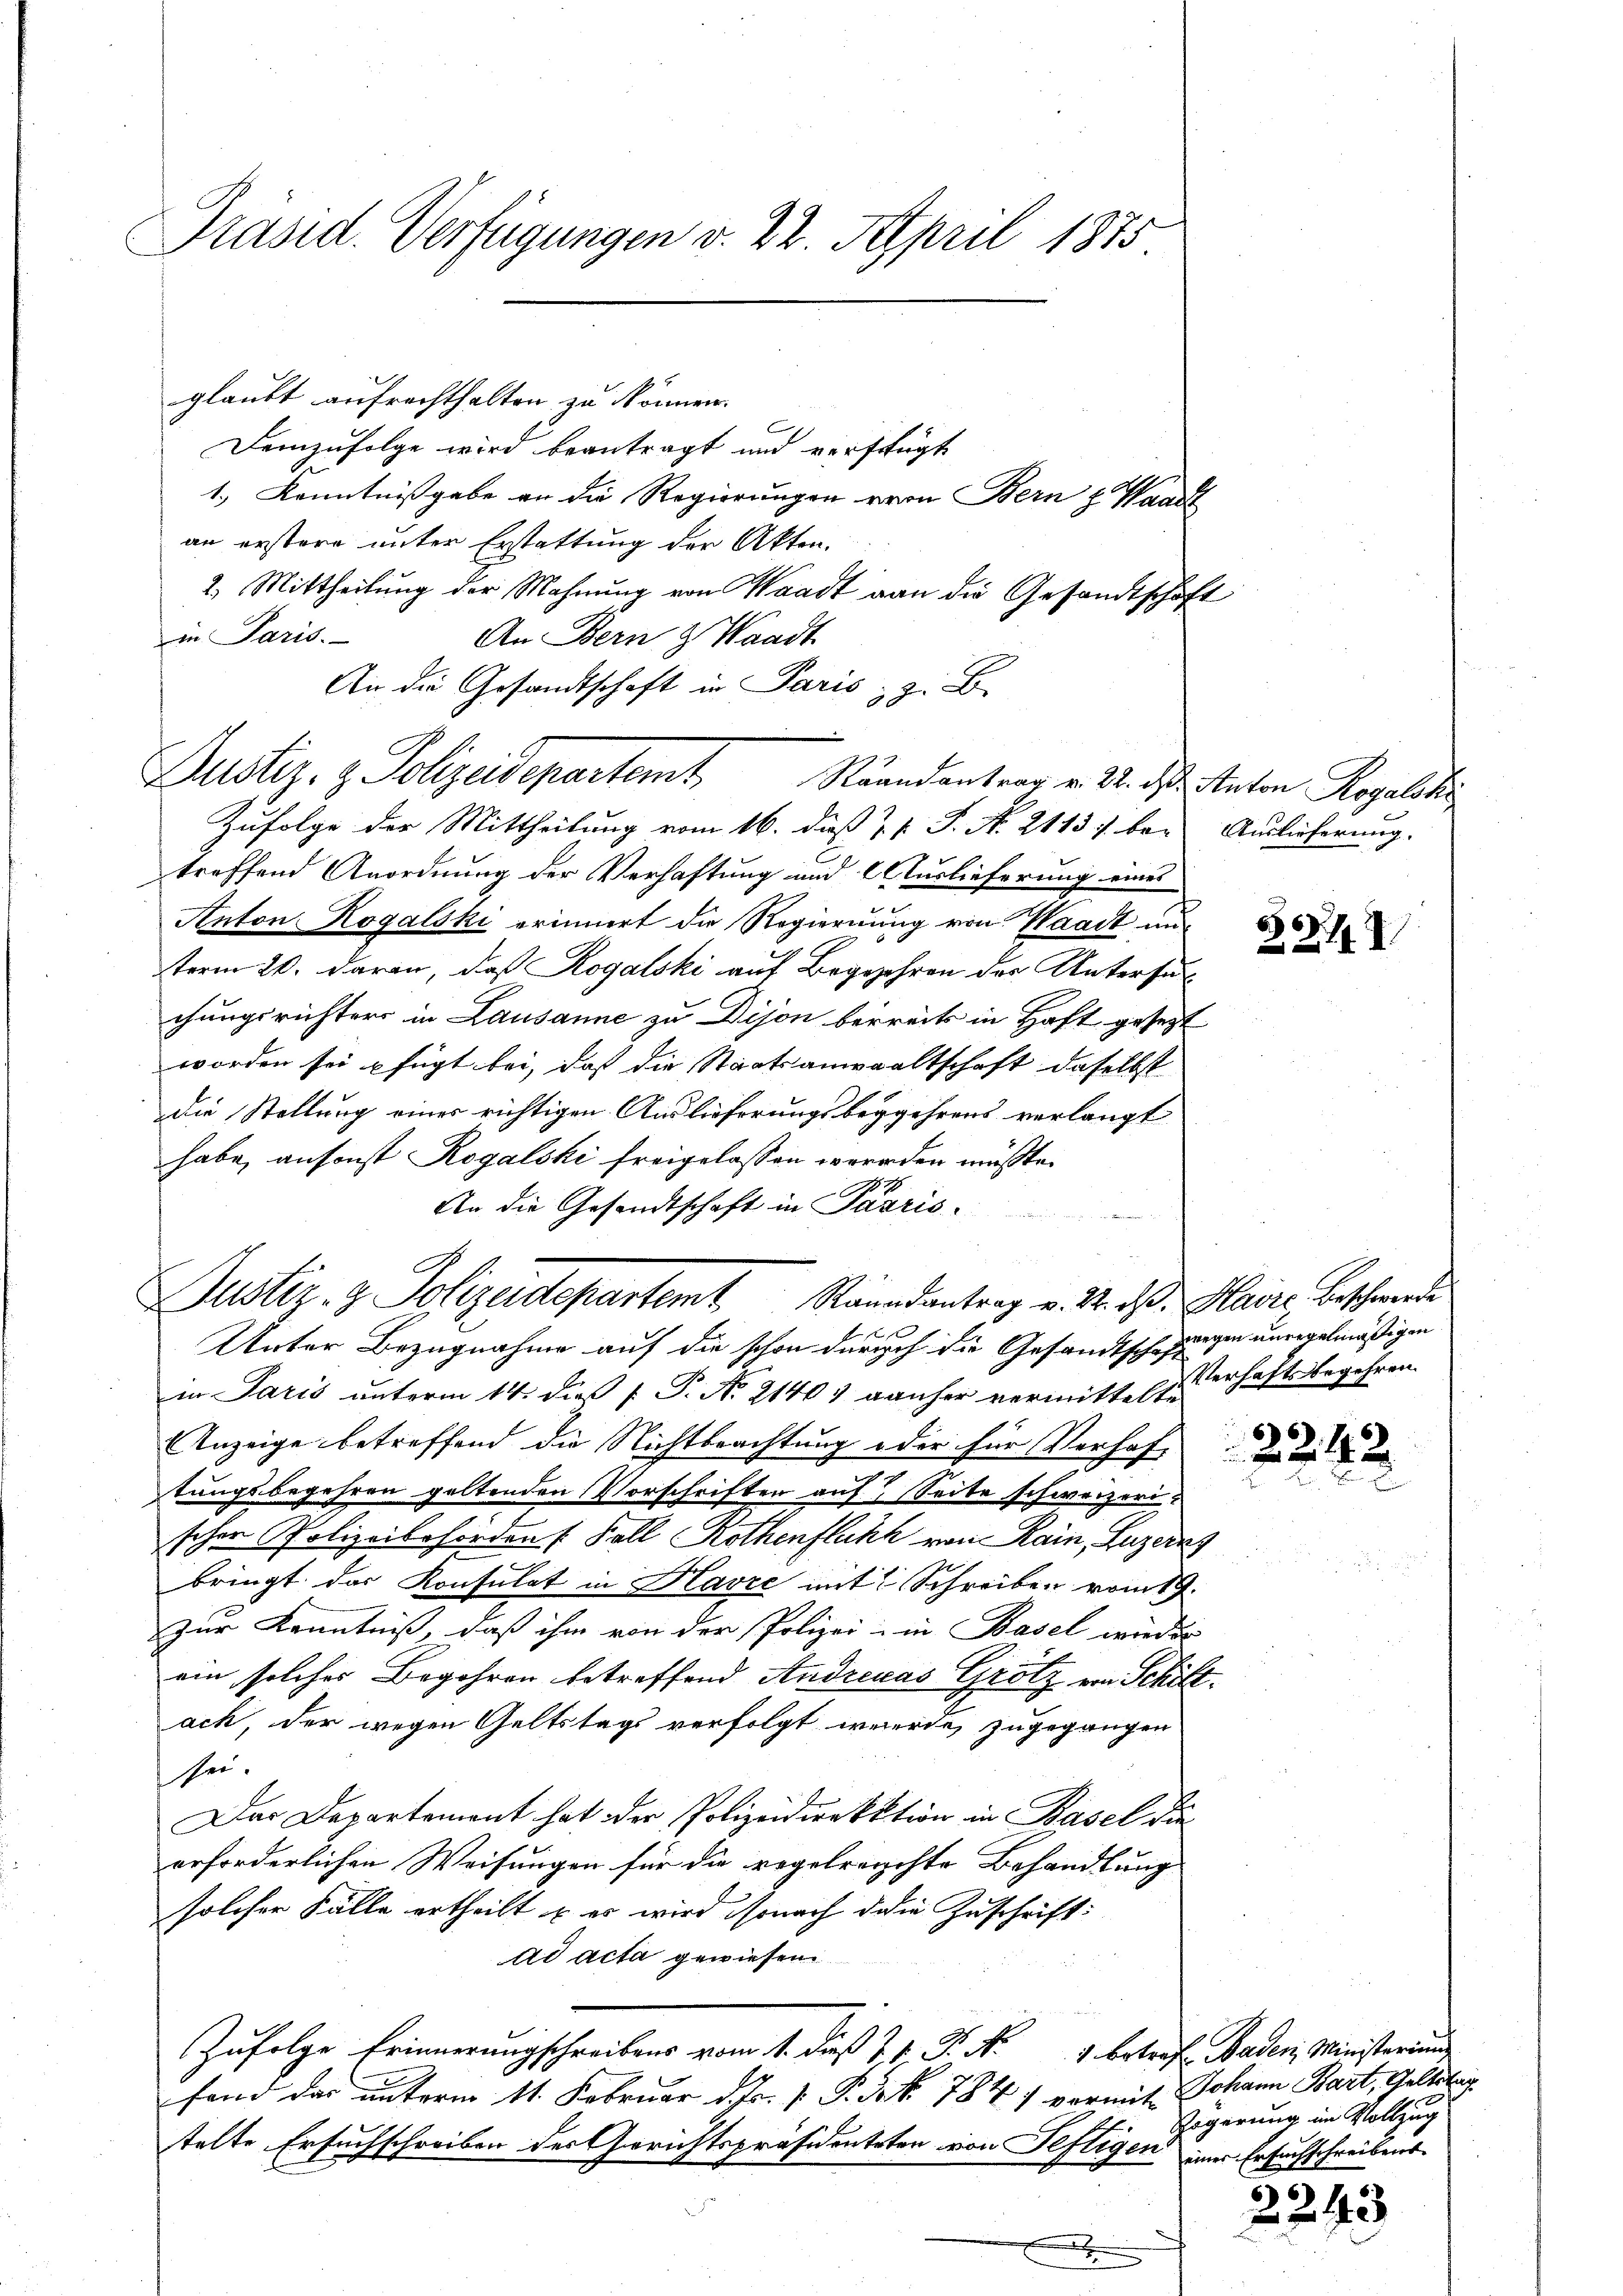
Präsid. Verfügungen v. 22. April 1875

demzufolge wird beantragt und verfügt
1.) Kenntnissgabe er die Regierungen von Bern z. Waad
an erstere unter Erstattung der Akten.
2. Mittheilŭng der Mahnŭng von Waadt von die Gesandtschaft
in Paris.
An Bern & Waadt
An die Gesandtschaft in Paris, z. B.
Zufolge der Mittheilung vom 16. dieß u. v. J. No. 2113 f. bei Auslieferung.
treffend Anordnung der Verhaftung und Auslieferung eines
Anton Rogalski erinnert die Regierung von Waadt un
term 26. daran, daß Rogalski auf Begehren der Untersuc
chungsrichters in Lausanne zu Dijon bereits in Haft gesezt
worden sei fügt bei, daß die Staatsanwaltschaft daselbst
die Stellung einer richtigen Auslieferungsbegehrens verlangt
habe, ansonst Rogalski freigelassen werden müßte.
An die Gesandtschaft in Parris.
0 f 0 x
Unter Bezugnahme auf die schon durch die Gesandtschaft
in Paris unterm 14. dieß P. P. No. 21401 ganher vermittelt. Verhaftsbegehren
Anzeige betreffend die Nichtbeachtung oder für Verhaf
tungsbegehren geltenden Vorschriften auf Seite schweizerischer Polizeibehörden Fall Rothenflikt von Rain, Luzerns
s
bringt das Konsulat in Klavić mit Schreiben vom 19.
Zur Kenntniss, daß ihm von der Polizei- in Basel wieder
ein solches Begehren betreffend Andreas Grotz von Schilt.
ach, der wegen Geltstags verfolgt werde, zugegangen
sei.
Das Departement hat der Polizeidirektion in Basel die
erforderlichen Weisungen für die regelrechte Behandlung
solcher Fälle ertheilt, u. er wird sonach die Zuschrift:
ad acta gewiesen
Zufolge Erinnerungschreibens vom 1. dieß 17. P. Nr. 1 betrift Baden Ministerung
fand das unterm 11. Februar d. Js. v. Pirk. 784) vermit Johann Bart, Geltstag
telte Ersuchschreiben des Gerichtspräsidenteten von Seftigen einer Ersuchschreibenss

glaubt aufrechthalten zu können.

A
Justiz- & Polizeidepartemt Raundantrag v. 24. ds. Maire Beschwerde

Justiz- & Polizeidepartemt Raandantrag v. M. das Anton Regalisi

66
2247

wegen unregelmäßigen

6

Fögerung im Vollzug

2243